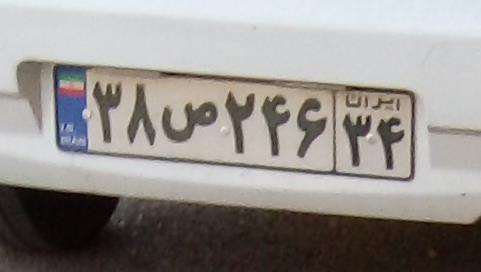
۳۸ص۲۴۶۳۴